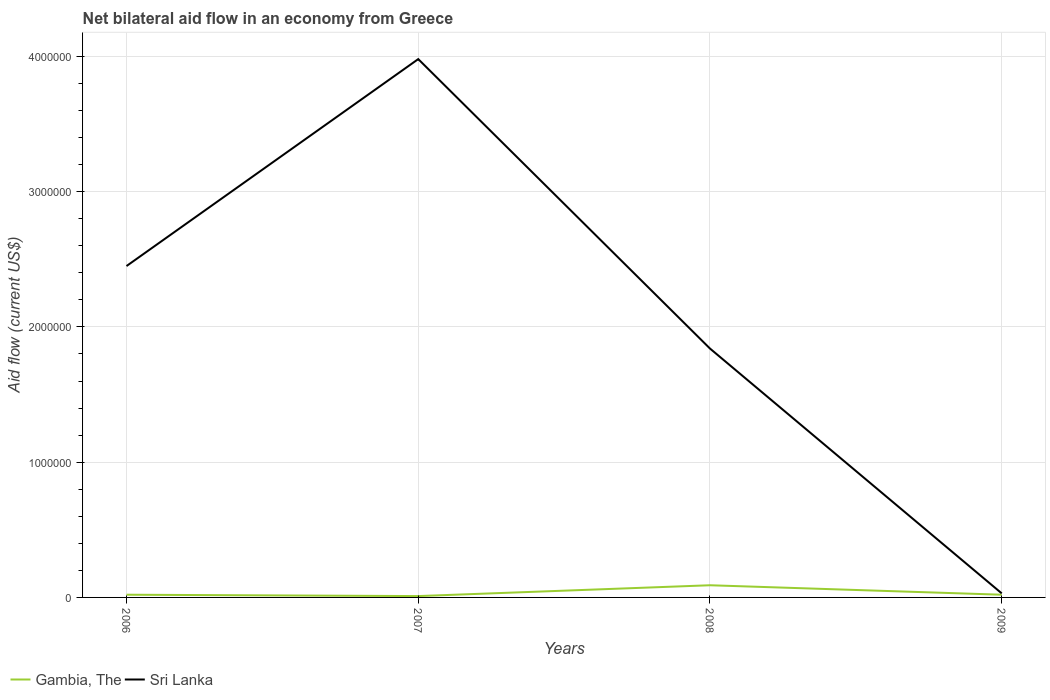
| Years | Gambia, The | Sri Lanka |
 | --- | --- | --- |
 | 2006 | 2e+04 | 2.45e+06 |
 | 2007 | 1e+04 | 3.98e+06 |
 | 2008 | 9e+04 | 1.84e+06 |
 | 2009 | 2e+04 | 3e+04 |